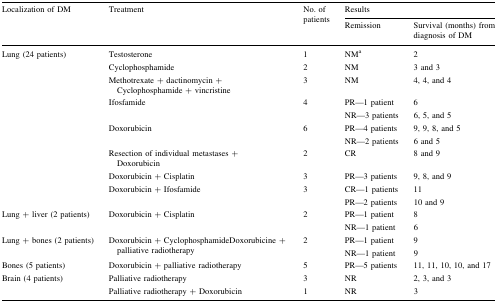
| <ROWSPAN=2> Localization of DM | <ROWSPAN=2> Treatment | <ROWSPAN=2> No. of patients | <COLSPAN=2> Results |
 | Remission | Survival (months) from diagnosis of DM |
 | --- | --- | --- | --- | --- |
 | <ROWSPAN=8> Lung (24 patients) | Testosterone | 1 | NMa | 2 |
 | Cyclophosphamide | 2 | NM | 3 and 3 |
 | Methotrexate + dactinomycin + Cyclophosphamide + vincristine | 3 | NM | 4, 4, and 4 |
 | Ifosfamide | 4 | PR—1 patientNR—3 patients | 66, 5, and 5 |
 | Doxorubicin | 6 | PR—4 patientsNR—2 patients | 9, 9, 8, and 56 and 5 |
 | Resection of individual metastases + Doxorubicin | 2 | CR | 8 and 9 |
 | Doxorubicin + Cisplatin | 3 | PR—3 patients | 9, 8, and 9 |
 | Doxorubicin + Ifosfamide | 3 | CR—1 patientsPR—2 patients | 1110 and 9 |
 | Lung + liver (2 patients) | Doxorubicin + Cisplatin | 2 | PR—1 patientNR—1 patient | 86 |
 | Lung + bones (2 patients) | Doxorubicin + CyclophosphamideDoxorubicine + palliative radiotherapy | 2 | PR—1 patientNR—1 patient | 99 |
 | Bones (5 patients) | Doxorubicin + palliative radiotherapy | 5 | PR—5 patients | 11, 11, 10, 10, and 17 |
 | Brain (4 patients) | Palliative radiotherapyPalliative radiotherapy + Doxorubicin | 31 | NRNR | 2, 3, and 33 |